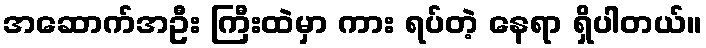
အဆောက်အဦး ကြီးထဲမှာ ကား ရပ်တဲ့ နေရာ ရှိပါတယ်။